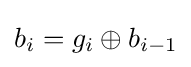
b_{i}=g_{i}\oplus b_{i-1}